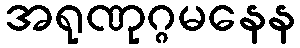
အရုဏုဂ္ဂမနေန